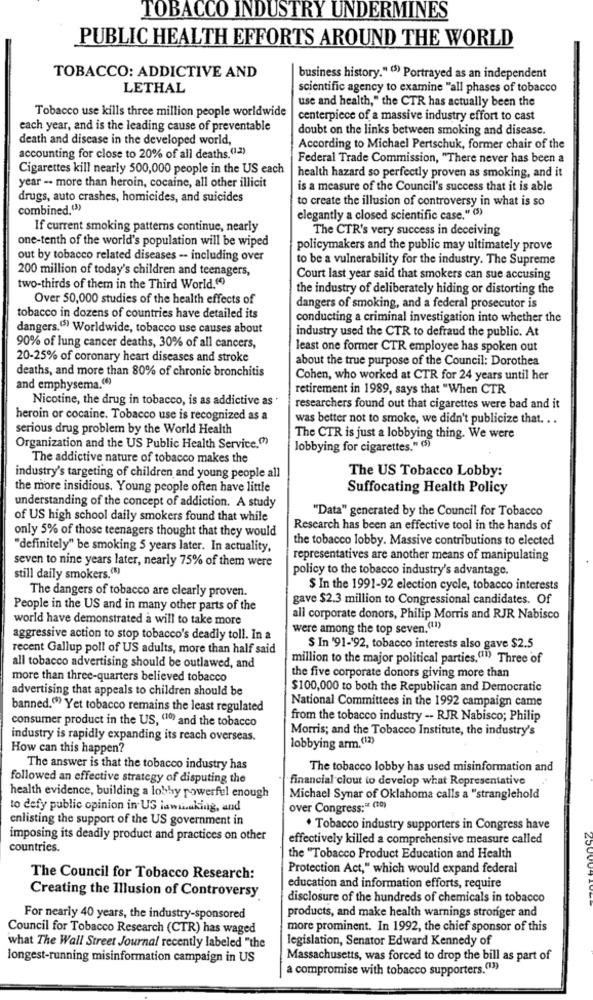
TOBACCO INDUSTRY UNDERMINES
PUBLIC HEALTH EFFORTS AROUND THE WORLD
TOBACCO: ADDICTIVE AND
business history." (5) Portrayed as an independent
LETHAL
scientific agency to examine "all phases of tobacco
use and health," the CTR has actually been the
Tobacco use kills three million people worldwide
centerpiece of a massive industry effort to cast
each year, and is the leading cause of preventable
doubt on the links between smoking and disease.
death and disease in the developed world,
According to Michael Pertschuk, former chair of the
accounting for close to 20% of all deaths.(1.3)
Federal Trade Commission, "There never has been a
Cigarettes kill nearly 500,000 people in the US each
health hazard so perfectly proven as smoking, and it
year -. more than heroin, cocaine, all other illicit
is a measure of the Council's success that it is able
drugs, auto crashes, homicides, and suicides
to create the illusion of controversy in what is so
combined.(3)
elegantly a closed scientific case." (5)
If current smoking patterns continue, nearly
The CTR's very success in deceiving
one-tenth of the world's population will be wiped
policymakers and the public may ultimately prove
out by tobacco related diseases -- including over
to be a vulnerability for the industry. The Supreme
200 million of today's children and teenagers,
Court last year said that smokers can sue accusing
two-thirds of them in the Third World.(4)
the industry of deliberately hiding or distorting the
Over 50,000 studies of the health effects of
dangers of smoking, and a federal prosecutor is
tobacco in dozens of countries have detailed its
conducting a criminal investigation into whether the
dangers.“5) Worldwide, tobacco use causes about
industry used the CTR to defraud the public. At
90% of lung cancer deaths, 30% of all cancers,
least one former CTR employee has spoken out
20-25% of coronary heart diseases and stroke
about the true purpose of the Council: Dorothea
deaths, and more than 80% of chronic bronchitis
Cohen, who worked at CTR for 24 years until her
and emphysema.(6)
retirement in 1989, says that "When CTR
Nicotine, the drug in tobacco, is as addictive as .
researchers found out that cigarettes were bad and it
heroin or cocaine. Tobacco use is recognized as a
was better not to smoke, we didn't publicize that. ..
serious drug problem by the World Health
The CTR is just a lobbying thing. We were
Organization and the US Public Health Service.(7)
lobbying for cigarettes." (5)
The addictive nature of tobacco makes the
The US Tobacco Lobby:
industry's targeting of children and young people all
the more insidious. Young people often have little
Suffocating Health Policy
understanding of the concept of addiction. A study
"Data" generated by the Council for Tobacco
of US high school daily smokers found that while
only 5% of those teenagers thought that they would
Research has been an effective tool in the hands of
the tobacco lobby. Massive contributions to elected
"definitely" be smoking 5 years later. In actuality,
seven to nine years later, nearly 75% of them were
representatives are another means of manipulating
policy to the tobacco industry's advantage.
still daily smokers.(8)
$ In the 1991-92 election cycle, tobacco interests
The dangers of tobacco are clearly proven.
gave $2.3 million to Congressional candidates. Of
People in the US and in many other parts of the
world have demonstrated a will to take more
all corporate donors, Philip Morris and RJR Nabisco
were among the top seven.(11)
aggressive action to stop tobacco's deadly toll. In a
recent Gallup poll of US adults, more than half said
$ In '91-192, tobacco interests also gave $2.5
million to the major political parties,(11) Three of
all tobacco advertising should be outlawed, and
more than three-quarters believed tobacco
the five corporate donors giving more than
advertising that appeals to children should be
$100,000 to both the Republican and Democratic
National Committees in the 1992 campaign came
banned."> Yet tobacco remains the least regulated
consumer product in the US, (10) and the tobacco
from the tobacco industry -- RJR Nabisco; Philip
Morris; and the Tobacco Institute, the industry's
industry is rapidly expanding its reach overseas.
How can this happen?
lobbying arm.(12)
The answer is that the tobacco industry has
The tobacco lobby has used misinformation and
followed an effective strategy of disputing the
financial clout to develop what Representative
health evidence, building a lobby powerful enough
Michael Synar of Oklahoma calls a "stranglehold
to defy public opinion in US lawaking, and
over Congress := (30)
enlisting the support of the US government in
. Tobacco industry supporters in Congress have
imposing its deadly product and practices on other
effectively killed a comprehensive measure called
countries.
the "Tobacco Product Education and Health
Protection Act," which would expand federal
The Council for Tobacco Research:
Creating the Illusion of Controversy
education and information efforts, require
disclosure of the hundreds of chemicals in tobacco
For nearly 40 years, the industry-sponsored
products, and make health warnings stronger and
Council for Tobacco Research (CTR) has waged
more prominent. In 1992, the chief sponsor of this
legislation, Senator Edward Kennedy of
what The Wall Street Journal recently labeled "the
longest-running misinformation campaign in US
Massachusetts, was forced to drop the bill as part of
a compromise with tobacco supporters.(11)